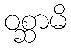
ဝစ္ဆာမိ